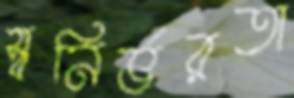
স্বনির্ভরতা